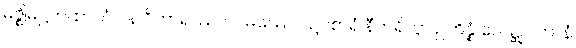
မဇ္ဈိမဋ္ဌကထာယံ ပန ဝိဟာရဿပိ ဂါမဿေဝ ဥပစာရံ နီဟရိတွာ ဥဘိန္နံ လေဍ္ဍုပါတာနံ